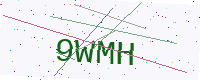
Text: 9WMH